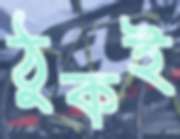
ঠুকই